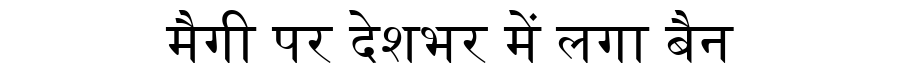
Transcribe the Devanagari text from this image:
मैगी पर देशभर में लगा बैन